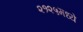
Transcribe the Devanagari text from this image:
२१२५मध्ये